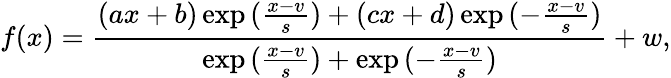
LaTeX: f(x)=\frac{(ax+b)\exp{(\frac{x-v}{s})}+(cx+d)\exp{(-\frac{x-v}{s})}}{\exp{(\frac{x-v}{s})+\exp{(-\frac{x-v}{s})}}}+w,